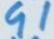
91